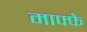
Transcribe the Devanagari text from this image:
माफ्फे